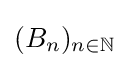
(B_{n})_{n\in \mathbb {N} }